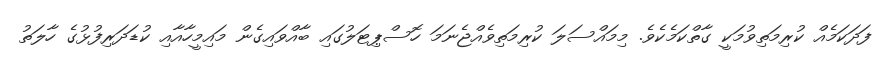
ފަދަކަމެއް ކުރިމަތިވުމަކީ ގާތްކަމެކެވެ. މިމައްސަލަ ކުރިމަތިވެއްޖެނަަމަ ހޮސްޕިޓަލުގައި ބާއްވައިގެން މައިމީހާއާއި ކުޑަދަރިފުޅުގެ ހާލަތު